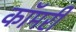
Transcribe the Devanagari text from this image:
कॉमरी